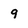
Character: 9